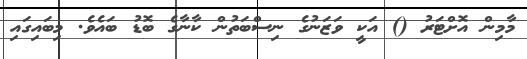
މާމިން އޮށްޓަރު () އަކީ ވަޒަނުގެ ނިސްބަތުން ކާނާގެ ބޮޑު ބައެވެ. މިބައިގައި